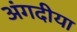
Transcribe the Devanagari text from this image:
अंगदीया